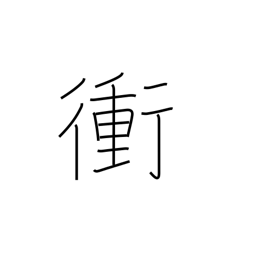
Meaning: highway